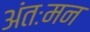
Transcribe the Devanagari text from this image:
अंतःमन